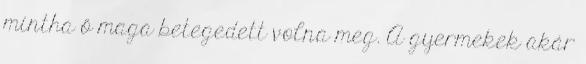
mintha ő maga betegedett volna meg. A gyermekek akár